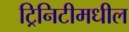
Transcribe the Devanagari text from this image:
ट्रिनिटीमधील